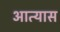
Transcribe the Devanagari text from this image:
आत्यास